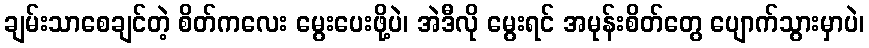
ချမ်းသာစေချင်တဲ့ စိတ်ကလေး မွေးပေးဖို့ပဲ၊ အဲဒီလို မွေးရင် အမုန်းစိတ်တွေ ပျောက်သွားမှာပဲ၊